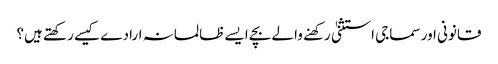
قانونی اور سماجی استثنیٰ رکهنے والے بچے ایسے ظالمانہ ارادے کیسے رکھتے ہیں؟